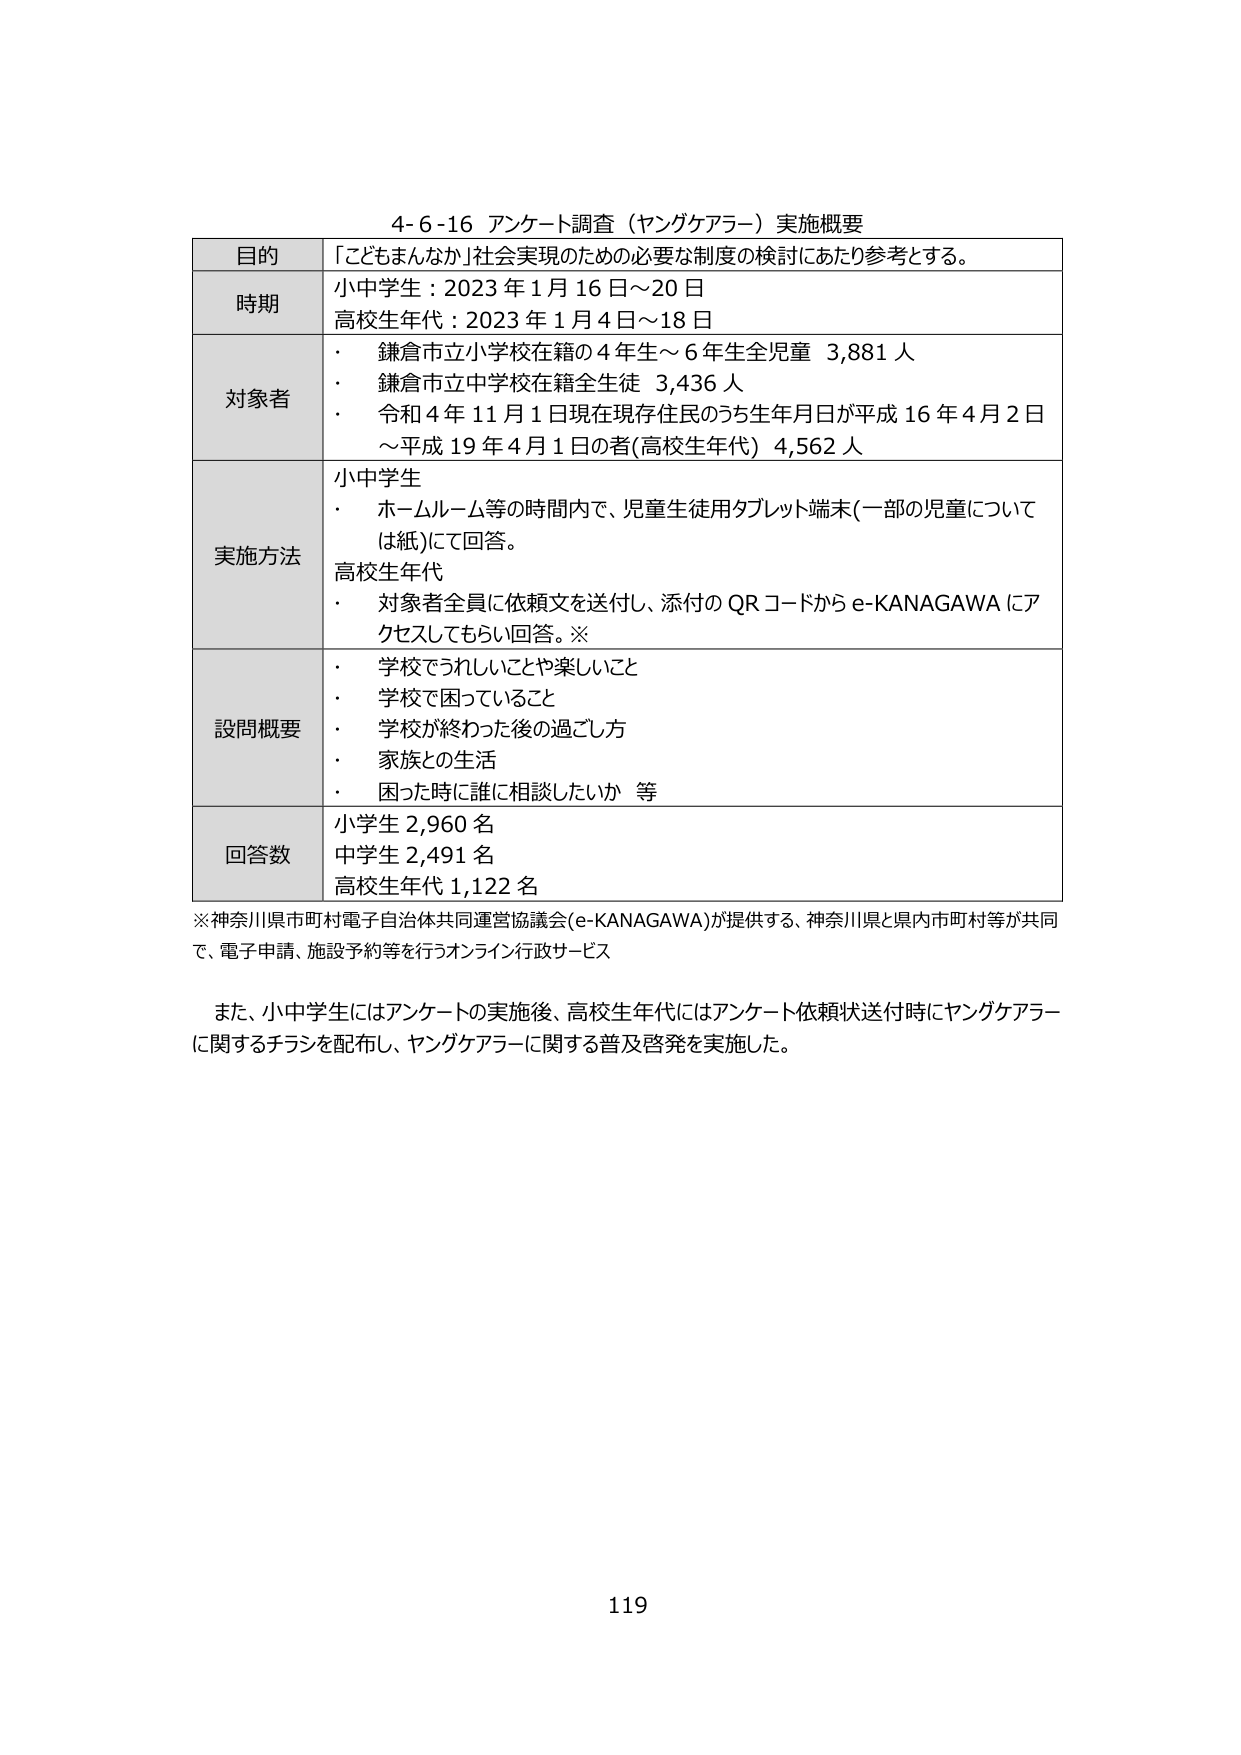
4-6-16 アンケート調査（ヤングケアラー）実施概要

目的 「こどもまんなか」社会実現のための必要な制度の検討にあたり参考とする。

時期 小中学生：2023年1月16日～20日
高校生年代：2023年1月4日～18日

対象者
・ 鎌倉市立小学校在籍の4年生～6年生全児童 3,881人
・ 鎌倉市立中学校在籍全生徒 3,436人
・ 令和4年11月1日現在現存住民のうち生年月日が平成16年4月2日～平成19年4月1日の者（高校生年代）4,562人

実施方法
小中学生
・ ホームルーム等の時間内で、児童生徒用タブレット端末（一部の児童については紙）にて回答。
高校生年代
・ 対象者全員に依頼文を送付し、添付のQRコードからe-KANAGAWAにアクセスしてもらい回答。※

設問概要
・ 学校でうれしいことや楽しいこと
・ 学校で困っていること
・ 学校が終わった後の過ごし方
・ 家族との生活
・ 困った時に誰に相談したいか 等

回答数
小学生 2,960名
中学生 2,491名
高校生年代 1,122名

※神奈川県市町村電子自治体共同運営協議会（e-KANAGAWA）が提供する、神奈川県と県内市町村等が共同で、電子申請、施設予約等を行うオンライン行政サービス

また、小中学生にはアンケートの実施後、高校生年代にはアンケート依頼状送付時にヤングケアラーに関するチラシを配布し、ヤングケアラーに関する普及啓発を実施した。

119